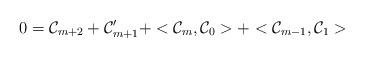
LaTeX: \begin{align*}0={\cal C}_{m+2}+{\cal C}'_{m+1}+<{\cal C}_m,{\cal C}_0>+<{\cal C}_{m-1},{\cal C}_1>\end{align*}